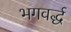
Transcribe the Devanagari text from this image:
भगवर्द्ध